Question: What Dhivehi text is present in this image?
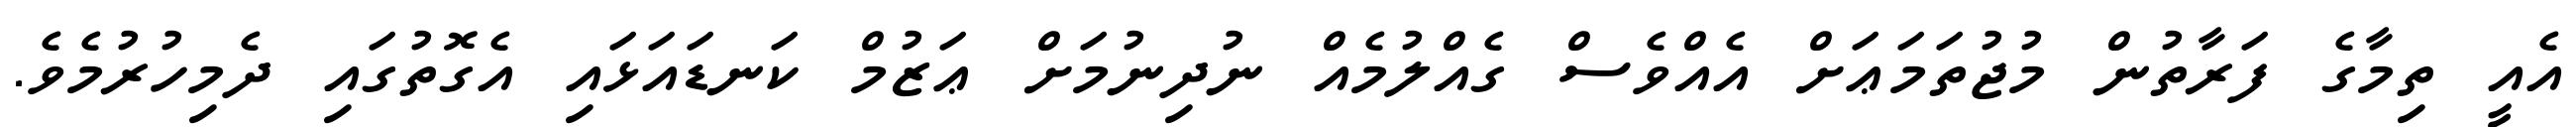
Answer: އެއީ ތިމާގެ ފަރާތުން މުޖުތަމަޢަށް އެއްވެސް ގެއްލުމެއް ނުދިނުމަށް ޢަޒުމް ކަނޑައަޅައި އެގޮތުގައި ދެމިހުރުމެވެ.